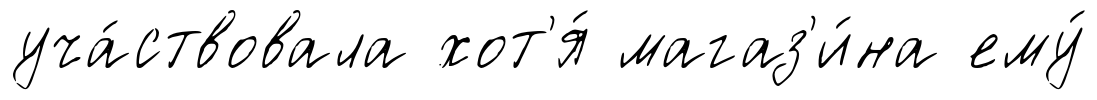
уча́ствовала хот'я́ магаз'и́на ему́